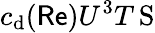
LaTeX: c_{\mathrm d}(\mathsf{Re})U^{3}T\operatorname{S}